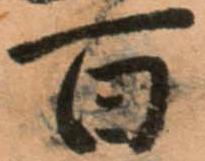
百